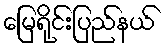
မြေရိုင်းပြည်နယ်